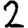
Digit: 2